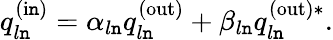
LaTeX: q_{l\mathtt{n}}^{\mathrm{{(i\mathtt{n})}}}=\alpha_{l\mathtt{n}}q_{l\mathtt{n}}^{\mathrm{{(out)}}}+\beta_{l\mathtt{n}}q_{l\mathtt{n}}^{\mathrm{{(out)}}*}.